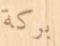
بركة